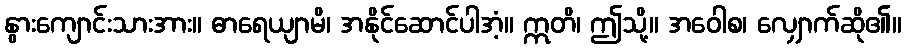
နွားကျောင်းသားအား။ ဓာရေယျာမိ၊ အနိုင်ဆောင်ပါအံ့။ ဣတိ၊ ဤသို့။ အဝေါစ၊ လျှောက်ဆို၏။